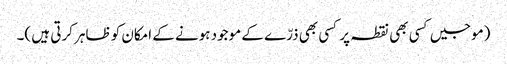
(موجیں کسی بھی نقطہ پر کسی بھی ذرّے کے موجود ہونے کے امکان کو ظاہر کرتی ہیں )۔